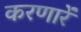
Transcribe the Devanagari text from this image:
करणारें